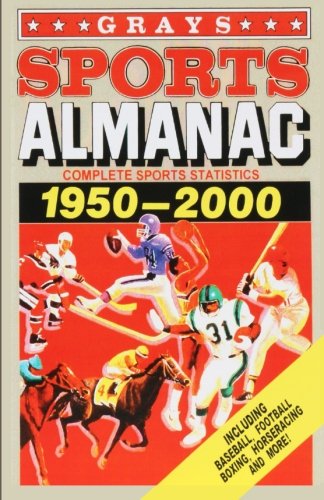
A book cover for Grays Sports Almanac; James Hunt; Arts & Photography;